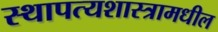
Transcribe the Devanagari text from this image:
स्थापत्यशास्त्रामधील